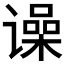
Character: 𬤨